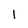
Character: 1